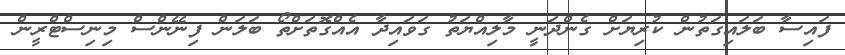
ފައިސާ ބަލައިގަތުން ކުރިޔަށް ގެންދަނީ މާލިއްޔަތު ގަވައިދާ އެއްގޮތަށްތޯ ބަލަން ފިނޭންސް މިނިސްޓްރީން